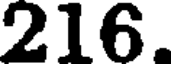
216.